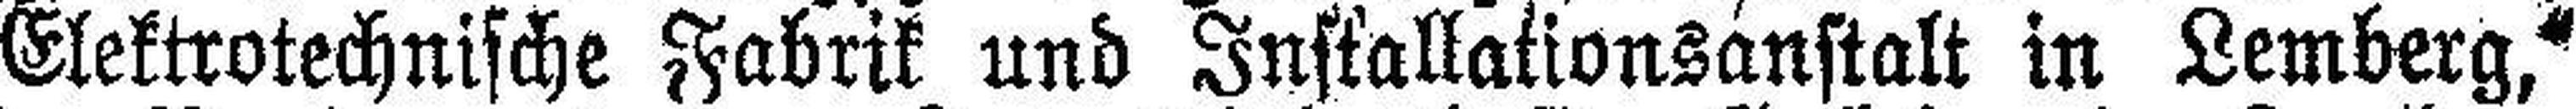
Elektrotechnische Fabrik und Installationsanstalt in Lemberg,“